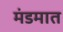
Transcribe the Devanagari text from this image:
मंडमात